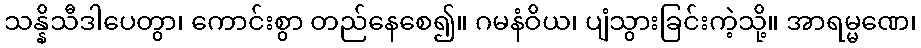
သန္နိသီဒါပေတွာ၊ ကောင်းစွာ တည်နေစေ၍။ ဂမနံဝိယ၊ ပျံသွားခြင်းကဲ့သို့။ အာရမ္မဏေ၊